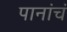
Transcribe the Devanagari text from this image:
पानांचं